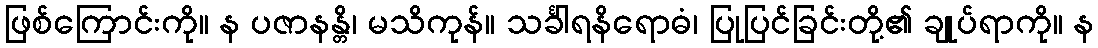
ဖြစ်ကြောင်းကို။ န ပဇာနန္တိ၊ မသိကုန်။ သင်္ခါရနိရောဓံ၊ ပြုပြင်ခြင်းတို့၏ ချုပ်ရာကို။ န